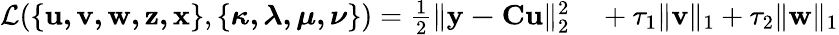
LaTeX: \begin{array}{rl}{\mathcal{L}(\{ \mathbf{u,v,w,z,x}\} ,\{ \boldsymbol{\kappa,\lambda,\mu,\nu}\} )=\frac{1}{2}\| \mathbf{y-Cu}\| _{2}^{2}}&{{}+\tau_{1}\| \mathbf{v}\| _{1}+\tau_{2}\| \mathbf{w}\| _{1}}\end{array}